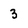
Character: 3